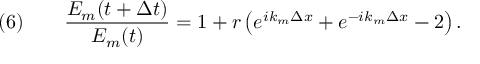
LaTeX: \quad ( 6 ) \qquad { \frac { E _ { m } ( t + \Delta t ) } { E _ { m } ( t ) } } = 1 + r \left( e ^ { i k _ { m } \Delta x } + e ^ { - i k _ { m } \Delta x } - 2 \right) .